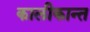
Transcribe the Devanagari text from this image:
कालीकान्त